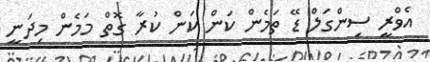
އެވްރީ ސިންގަލް ޑޭ ތަމެން ކަން ކަން ކުރާ ގޮތް މަމެން މިދަނީ